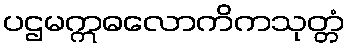
ပဌမဣဓလောကိကသုတ္တံ